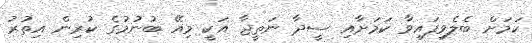
ކަމަށް ބެލެވިފައިވާ ކަމަށާއި ސީދާ ނަތީޖާ އަކީ މިއޭ ބުނުމުގެ ކުރިން އިތުރު